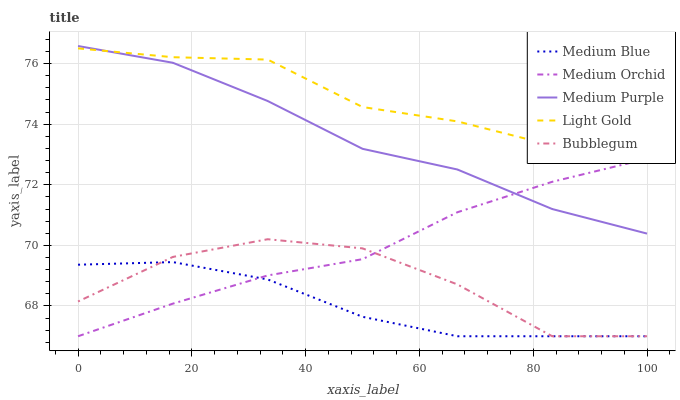
| xaxis_label | Medium Blue | Medium Orchid | Medium Purple | Light Gold | Bubblegum |
 | --- | --- | --- | --- | --- | --- |
 | 0 | 69.4 | 67 | 76.6 | 76.5 | 68.1 |
 | 16.7 | 69.4 | 68.1 | 76 | 76.2 | 69.6 |
 | 33.3 | 68.9 | 69 | 74.8 | 76.1 | 70.2 |
 | 50 | 67.6 | 69.5 | 73.2 | 74.6 | 69.9 |
 | 66.7 | 67 | 71.1 | 72.5 | 74.1 | 68.7 |
 | 83.3 | 67 | 72.1 | 71.2 | 73.3 | 67 |
 | 100 | 67 | 72.9 | 70.4 | 73.2 | 67 |